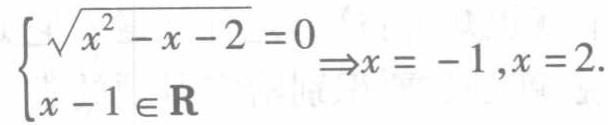
$\left\{\begin{array}{l}\sqrt{x^{2}-x - 2}=0\\x - 1\in\mathbf{R}\end{array}\right.\Rightarrow x=-1,x = 2.$